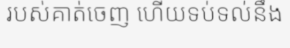
របស់គាត់ចេញ ហើយទប់ទល់នឹង